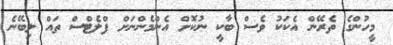
މީހުންގެ ތެރޭން އެކަކު ވެސް ބާކީ ނުކޮށް އެންމެންނަށް ފްލެޓްސް ތައް ލިބޭނެ